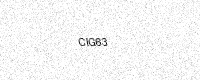
Text: CIG63